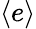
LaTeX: \langle e\rangle